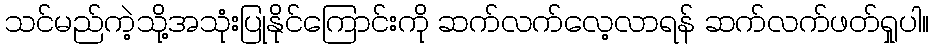
သင်မည်ကဲ့သို့အသုံးပြုနိုင်ကြောင်းကို ဆက်လက်လေ့လာရန် ဆက်လက်ဖတ်ရှုပါ။